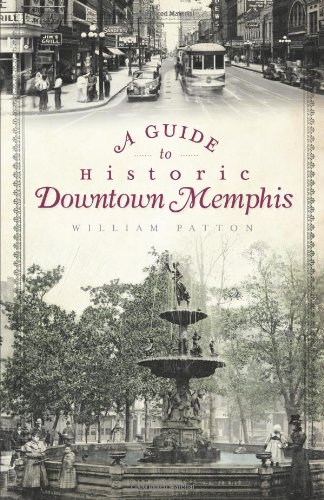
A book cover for A Guide to Historic Downtown Memphis (History & Guide); William Patton; Travel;